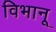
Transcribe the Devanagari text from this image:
विभानू